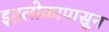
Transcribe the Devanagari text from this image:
इहलोकापासून